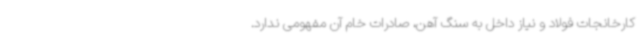
کارخانجات فولاد و نیاز داخل به سنگ آهن، صادرات خام آن مفهومی ندارد.